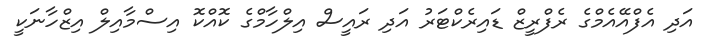
އަދި އެފްއޭއެމްގެ ރެފްރީޒް ޑައިރެކްޓަރު އަދި ރައީސް އިލްހާމްގެ ކޮއްކޮ އިސްމާއިލް އިޒްހާނަކީ